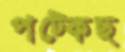
পট্‌কেছ